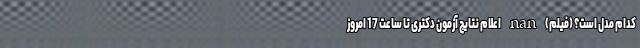
کدام مدل است؟ (فیلم) nan اعلام نتایج آزمون دکتری تا ساعت 17 امروز